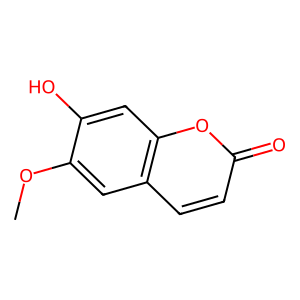
SMILES: COc1cc2ccc(=O)oc2cc1O
Inhibits HIV replication: No